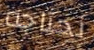
نحتاجه